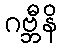
ဂဗ္ဘီနိ